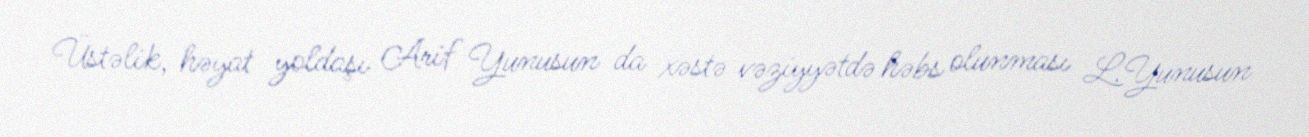
Üstəlik, həyat yoldaşı Arif Yunusun da xəstə vəziyyətdə həbs olunması L.Yunusun